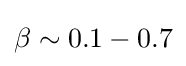
\beta \sim 0.1-0.7